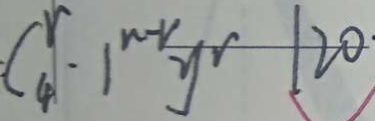
C _ { 4 } ^ { r } \cdot 1 ^ { n - r } y ^ { r } 1 2 0 \cdot